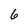
Character: 6